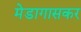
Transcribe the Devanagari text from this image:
मेडागासकर